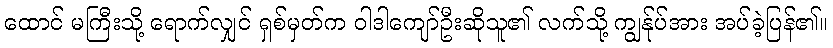
ထောင် မကြီးသို့ ရောက်လျှင် ရှစ်မှတ်က ဝါဒါကျော်ဦးဆိုသူ၏ လက်သို့ ကျွန်ုပ်အား အပ်ခဲ့ပြန်၏။